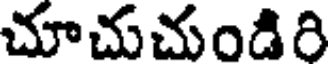
చూచుచుండిరి